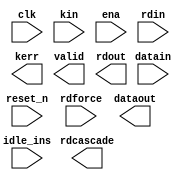
// Generated by ed8b10b 1.4.0 [Altera, IP Toolbench v1.2.3 build12]
// ************************************************************
// THIS IS A WIZARD-GENERATED FILE. DO NOT EDIT THIS FILE!
// ************************************************************
// Copyright (C) 1991-2004 Altera Corporation
// Any megafunction design, and related net list (encrypted or decrypted),
// support information, device programming or simulation file, and any other
// associated documentation or information provided by Altera or a partner
// under Altera's Megafunction Partnership Program may be used only to
// program PLD devices (but not masked PLD devices) from Altera.  Any other
// use of such megafunction design, net list, support information, device
// programming or simulation file, or any other related documentation or
// information is prohibited for any other purpose, including, but not
// limited to modification, reverse engineering, de-compiling, or use with
// any other silicon devices, unless such use is explicitly licensed under
// a separate agreement with Altera or a megafunction partner.  Title to
// the intellectual property, including patents, copyrights, trademarks,
// trade secrets, or maskworks, embodied in any such megafunction design,
// net list, support information, device programming or simulation file, or
// any other related documentation or information provided by Altera or a
// megafunction partner, remains with Altera, the megafunction partner, or
// their respective licensors.  No other licenses, including any licenses
// needed under any third party's intellectual property, are provided herein.

module ENC (
	clk,
	reset_n,
	idle_ins,
	kin,
	ena,
	datain,
	rdin,
	rdforce,
	kerr,
	dataout,
	valid,
	rdout,
	rdcascade);

	input		clk;
	input		reset_n;
	input		idle_ins;
	input		kin;
	input		ena;
	input	[7:0]	datain;
	input		rdin;
	input		rdforce;
	output		kerr;
	output	[9:0]	dataout;
	output		valid;
	output		rdout;
	output		rdcascade;
endmodule